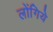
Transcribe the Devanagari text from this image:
लोंगिये